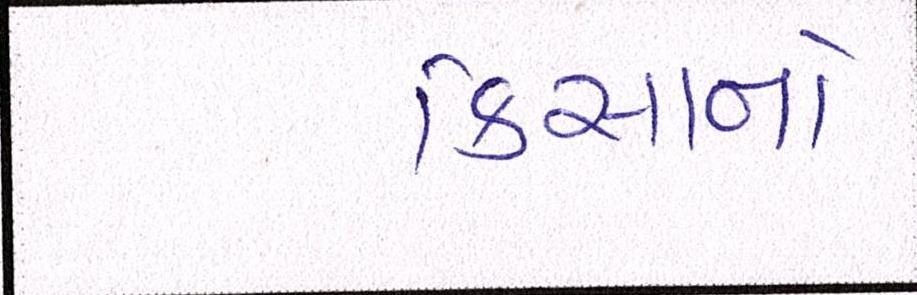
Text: કિસાનો